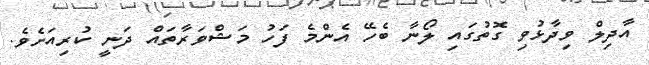
އާދިލް ވިދާޅުވި ގޮތުގައި ލޯނާ ބެހޭ އެންމެ ފަހު މަޝްވަރާތައް ދަނީ ކުރިއަށެވެ.